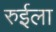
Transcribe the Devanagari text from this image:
रुईला